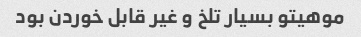
موهیتو بسیار تلخ و غیر قابل خوردن بود